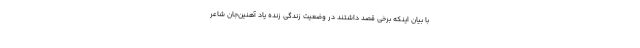
با بیان اینکه برخی قصد داشتند در وضعیت زندگی زنده یاد آهنین‌جان شاعر